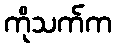
ကိုသက်က